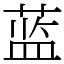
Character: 蓝